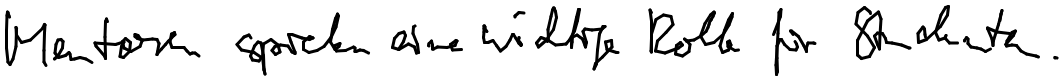
Mentoren spielen eine wichtige Rolle für Studenten.